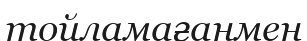
тойламағанмен